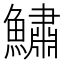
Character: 鱐